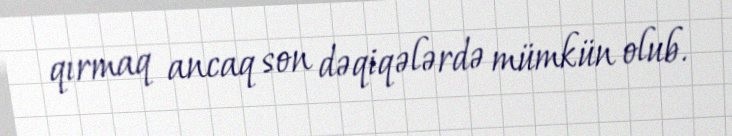
qırmaq ancaq son dəqiqələrdə mümkün olub.